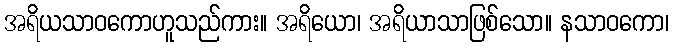
အရိယသာဝကောဟူသည်ကား။ အရိယော၊ အရိယာသာဖြစ်သော။ နသာဝကော၊